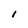
Character: l